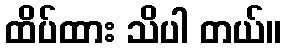
ထိပ်ထား သိပါ တယ်။